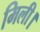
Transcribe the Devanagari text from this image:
मिली।